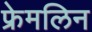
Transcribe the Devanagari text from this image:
फ्रेमलिन